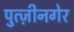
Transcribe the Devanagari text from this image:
पुत्ज़ीनगेर